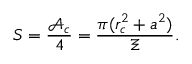
S = \frac { \mathcal { A } _ { c } } 4 = \frac { \pi ( r _ { c } ^ { 2 } + a ^ { 2 } ) } \Xi .